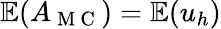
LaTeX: \mathbb{E}(A_{\mathrm{~M~C~}})=\mathbb{E}(u_{h})